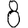
Digit: 8